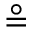
\circeq